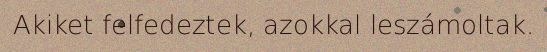
Akiket felfedeztek, azokkal leszámoltak.